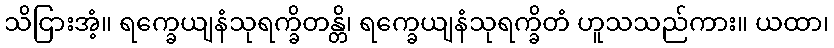
သိငြားအံ့။ ရက္ခေယျနံသုရက္ခိတန္တိ၊ ရက္ခေယျနံသုရက္ခိတံ ဟူသသည်ကား။ ယထာ၊